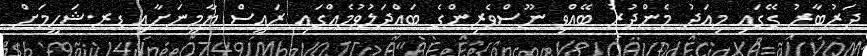
ދަރުބާރު ގޭގައި މިއަދު މެންދުރު ބޭއްވި ނޫސްވެރިންގެ ބައްދަލުވުމެއްގައި ރައީސް ޔާމީނަށާއި ޑރ.ޝަހީމަށް